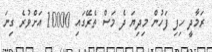
ރަމާދީ ހިފި ފަހުން މިދިޔަ ދެ މަސް ތެރޭގައި 10000 އަށްވުރެ ގިނަ